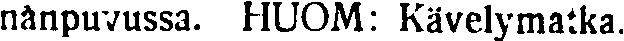
nanpuvussa. HUOM: Kävelymatka.